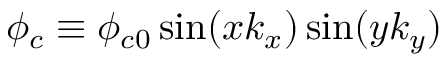
\phi _ { c } \equiv \phi _ { c 0 } \sin ( x k _ { x } ) \sin ( y k _ { y } )